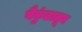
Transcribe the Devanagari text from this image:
वैकुंठातून